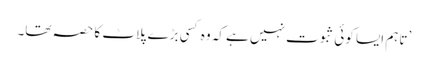
’تاہم ایسا کوئی ثبوت نہیں ہے کہ وہ کسی بڑے پلاٹ کا حصہ تھا۔